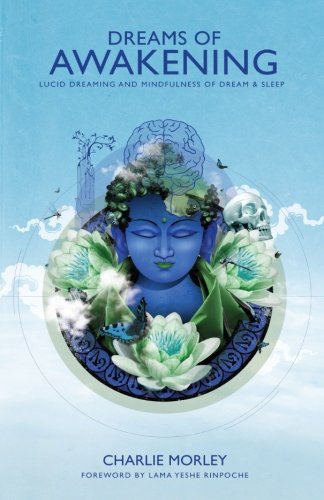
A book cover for Dreams of Awakening: Lucid Dreaming And Mindfulness Of Dream And Sleep; Charlie Morley; Health, Fitness & Dieting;